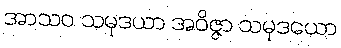
အာသဝ သမုဒယာ အဝိဇ္ဇာ သမုဒယော